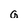
Character: G